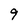
Character: 9